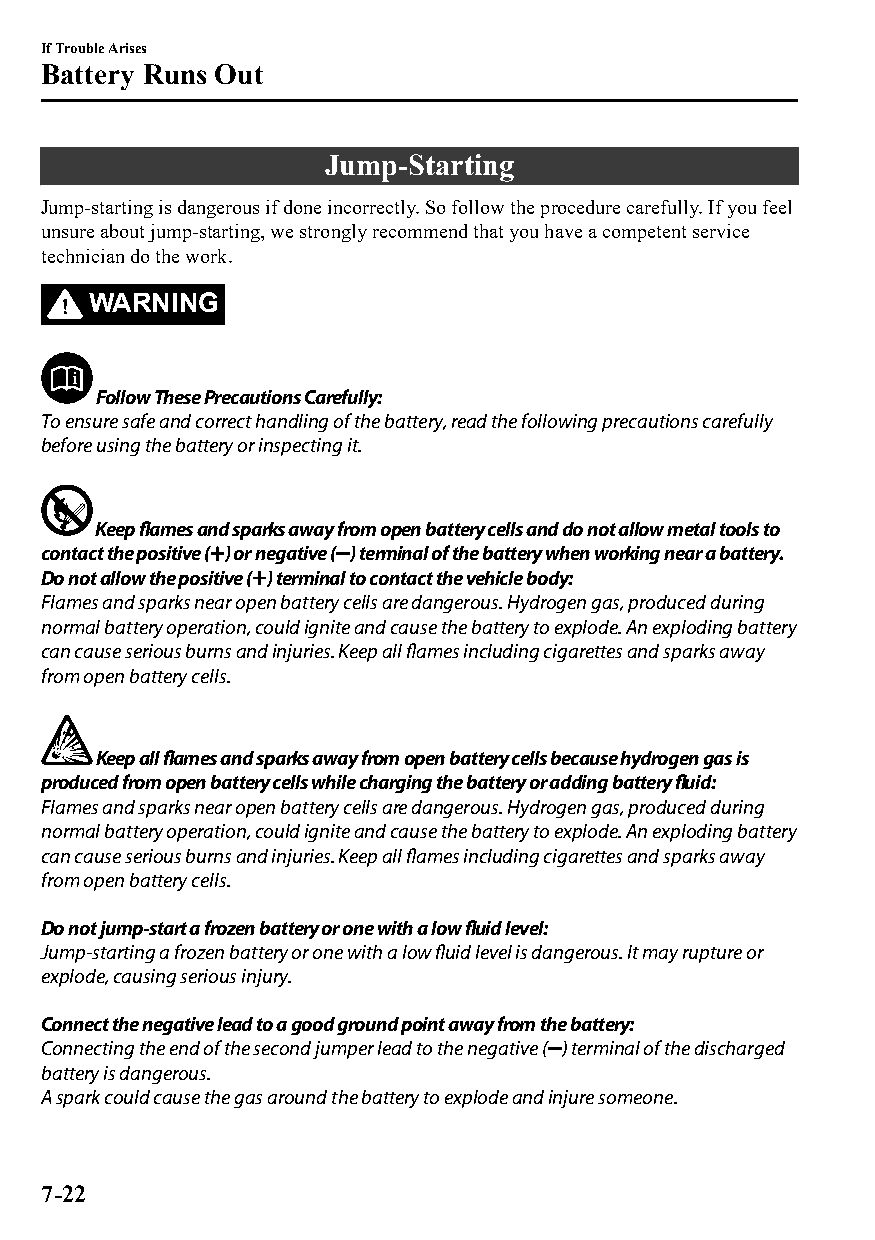
If Trouble Arises
 Battery Runs Out
 Jump-Starting
 Jump-starting is dangerous if done incorrectly. So follow the procedure carefully. If you feel
 unsure about jump-starting, we strongly recommend that you have a competent service
 technician do the work.
 WARNING
 Follow These Precautions Carefully:
 To ensure safe and correct handling of the battery, read the following precautions carefully
 before using the battery or inspecting it.
 Keep flames and sparks away from open battery cells and do not allow metal tools to
 contact the positive ( ) or negative ( ) terminal of the battery when working near a battery.
 Do not allow the positive ( ) terminal to contact the vehicle body:
 Flames and sparks near open battery cells are dangerous. Hydrogen gas, produced during
 normal battery operation, could ignite and cause the battery to explode. An exploding battery
 can cause serious burns and injuries. Keep all flames including cigarettes and sparks away
 from open battery cells.
 Keep all flames and sparks away from open battery cells because hydrogen gas is
 produced from open battery cells while charging the battery or adding battery fluid:
 Flames and sparks near open battery cells are dangerous. Hydrogen gas, produced during
 normal battery operation, could ignite and cause the battery to explode. An exploding battery
 can cause serious burns and injuries. Keep all flames including cigarettes and sparks away
 from open battery cells.
 Do not jump-start a frozen battery or one with a low fluid level:
 Jump-starting a frozen battery or one with a low fluid level is dangerous. It may rupture or
 explode, causing serious injury.
 Connect the negative lead to a good ground point away from the battery:
 Connecting the end of the second jumper lead to the negative ( ) terminal of the discharged
 battery is dangerous.
 A spark could cause the gas around the battery to explode and injure someone.
 7-22
 CX-3_8GT4-EE-18D_Edition4                  2018-9-6 18:32:19